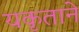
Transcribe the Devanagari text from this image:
यकृताने